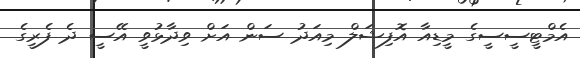
އެމްޓީސީސީގެ މީޑިއާ އޮފިޝަލް މިއަދު ސަން އަށް ވިދާޅުވީ އޭސީ ދެ ފެރީގެ